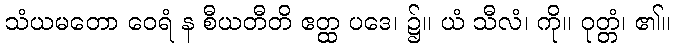
သံယမတော ဝေရံ န စီယတီတိ ဧတ္ထ ပဒေ၊ ၌။ ယံ သီလံ၊ ကို။ ဝုတ္တံ၊ ၏။